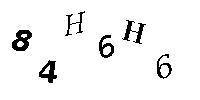
84H6H6